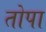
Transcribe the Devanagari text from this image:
तोपा